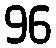
96